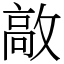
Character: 㪣